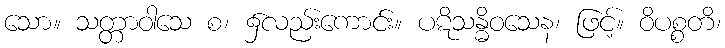
သော။ သတ္တာဝါသေ စ၊ ၌လည်းကောင်း။ ပဋိသန္ဓိဝသေန၊ ဖြင့်။ ဝိပစ္စတိ၊